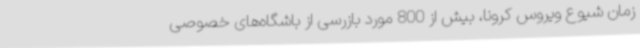
زمان شیوع ویروس کرونا، بیش از 800 مورد بازرسی از باشگاه‌های خصوصی